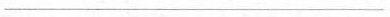
___